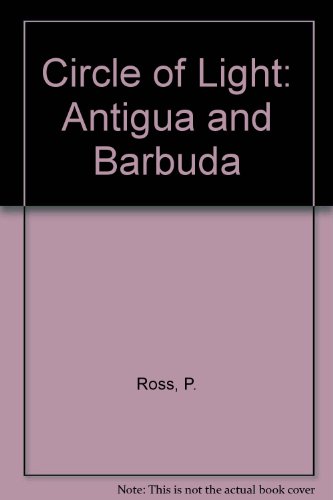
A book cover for Circle of Light: Antigua and Barbuda; P. Ross; Travel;